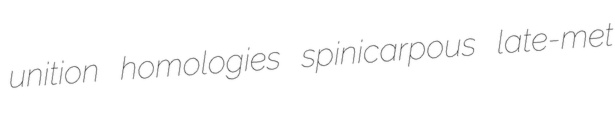
unition homologies spinicarpous late-met